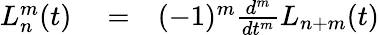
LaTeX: \begin{array}{rlr}{L_{n}^{m}(t)}&{{}=}&{(-1)^{m}\frac{d^{m}}{dt^{m}}L_{n+m}(t)}\end{array}